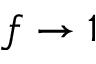
f \rightarrow 1